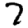
Digit: 7